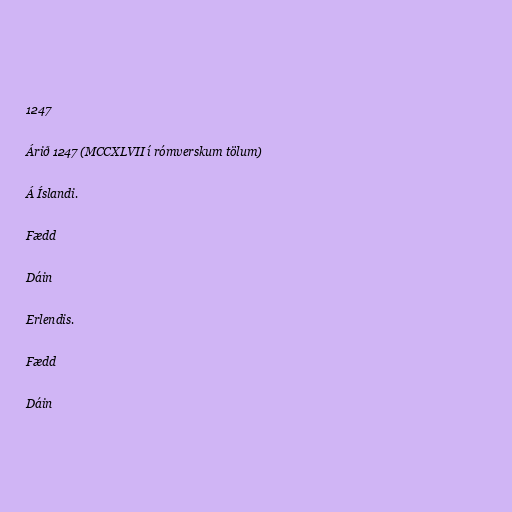
1247

Árið 1247 (MCCXLVII í rómverskum tölum)

Á Íslandi.

Fædd

Dáin

Erlendis.

Fædd

Dáin